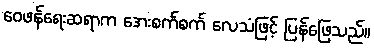
ဝေဖန်ရေးဆရာက အေးစက်စက် လေသံဖြင့် ပြန်ဖြေသည်။